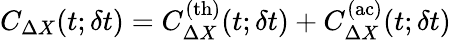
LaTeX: C_{\Delta X}(t;\delta t)=C_{\Delta X}^{\mathrm{(th)}}(t;\delta t)+C_{\Delta X}^{\mathrm{(ac)}}(t;\delta t)